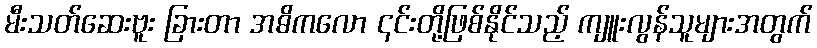
မီးသတ်ဆေးဗူး ခြားတာ အဓိကလော ၎င်းတို့ဖြစ်နိုင်သည့် ကျူးလွန်သူများအတွက်